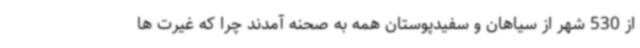
از 530 شهر از سیاهان و سفیدپوستان همه به صحنه آمدند چرا که غیرت ها